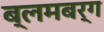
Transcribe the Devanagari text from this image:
ब्लमबर्ग